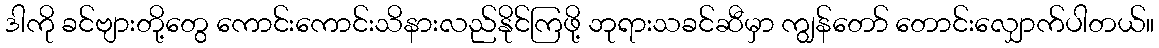
ဒါကို ခင်ဗျားတို့တွေ ကောင်းကောင်းသိနားလည်နိုင်ကြဖို့ ဘုရားသခင်ဆီမှာ ကျွန်တော် တောင်းလျှောက်ပါတယ်။